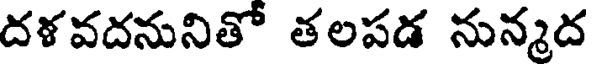
దళవదనునితో తలపడ నున్మద